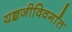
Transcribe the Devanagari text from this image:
यज्ञजीविवर्गांत